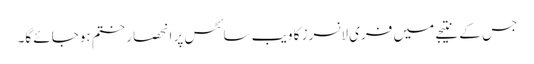
جس کے نتیجے میں فری لانسرز کا ویب سائٹس پر انحصار ختم ہوجائے گا۔